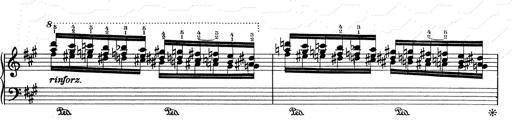
Title: RÃ©miniscences de Don Juan
Composer: Franz Liszt